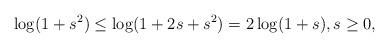
LaTeX: \begin{align*} \log(1+s^2)\leq \log(1+2s+s^2)= 2\log(1+s),s\geq 0, \end{align*}